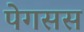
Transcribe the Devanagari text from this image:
पेगसस